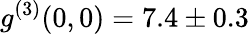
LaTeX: g^{(3)}(0,0)=7.4\pm 0.3